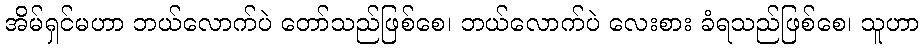
အိမ်ရှင်မဟာ ဘယ်လောက်ပဲ တော်သည်ဖြစ်စေ၊ ဘယ်လောက်ပဲ လေးစား ခံရသည်ဖြစ်စေ၊ သူဟာ